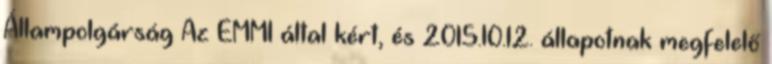
Állampolgárság Az EMMI által kért, és 2015.10.12. állapotnak megfelelő